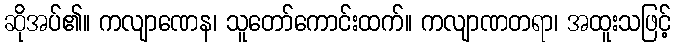
ဆိုအပ်၏။ ကလျာဏေန၊ သူတော်ကောင်းထက်။ ကလျာဏတရာ၊ အထူးသဖြင့်